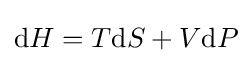
\mathrm {d} H=T\mathrm {d} S+V\mathrm {d} P